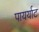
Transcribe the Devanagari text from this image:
पायर्याट